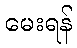
မေးရန်